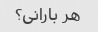
هر بارانی؟